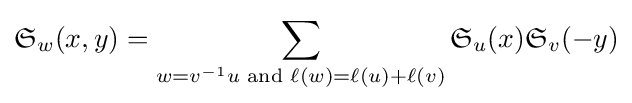
{\mathfrak {S}}_{w}(x,y)=\sum _{w=v^{-1}u{\text{ and }}\ell (w)=\ell (u)+\ell (v)}{\mathfrak {S}}_{u}(x){\mathfrak {S}}_{v}(-y)